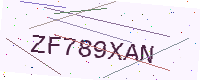
Text: ZF789XAN